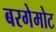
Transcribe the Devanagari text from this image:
बरगेमोट